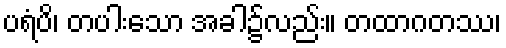
ပရံပိ၊ တပါးသော အခါ၌လည်း။ တထာဂတဿ၊